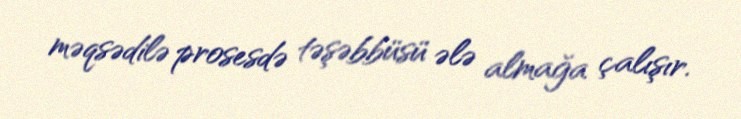
məqsədilə prosesdə təşəbbüsü ələ almağa çalışır.